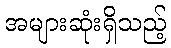
အများဆုံးရှိသည့်